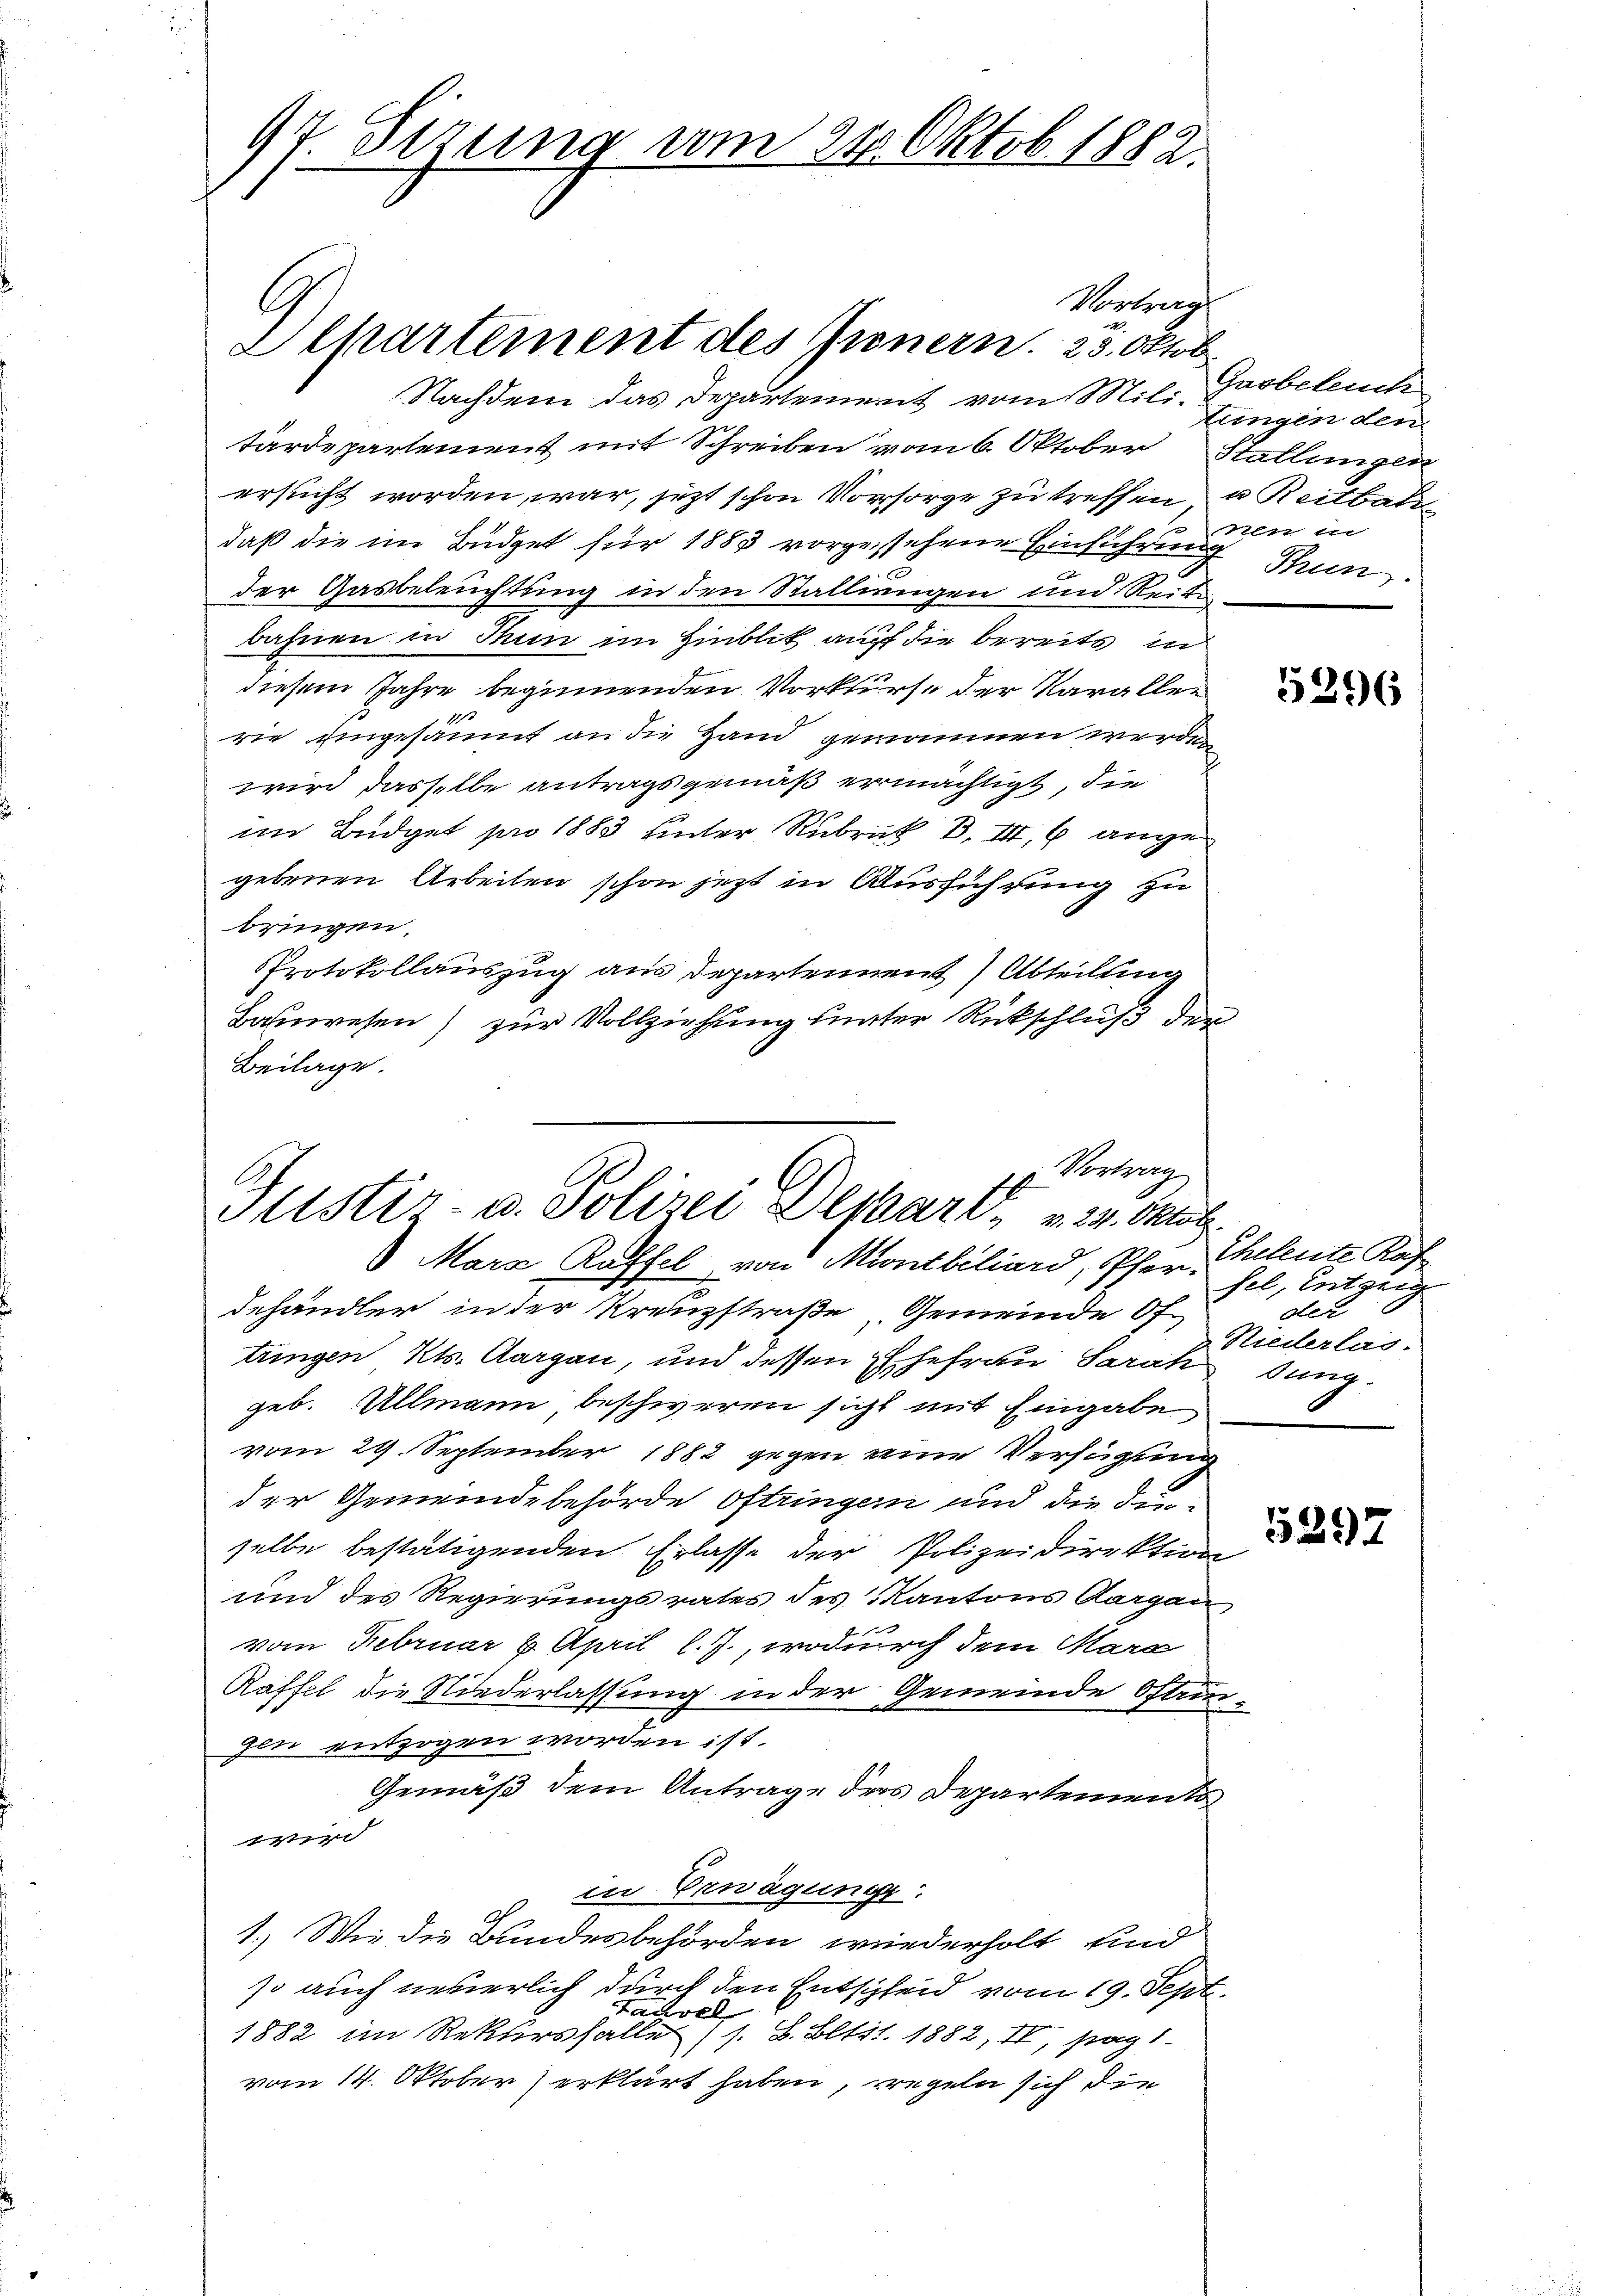
Vortrag
Nachdem das Departement vom Mili. Zungen den
tärdepartement mit Schreiben vom 6. Oktober Stallungen
ersucht worden, war, jetzt schon Vorsorge zu treffen u Reitbaldaß die im Büdget für 1883 vorgesehene Einführung Stun
der Gasbeleuchtung in den Stallingen und Reitbahnen in Thun im Hinblik auff die bereits in
diesem Jahre beginnenden Vorkurse der Karallen
rie eingesäunt an die Hand gewonnen werden
wird dasselbe antragsgemäß ermächtigt, die
im Büdget pro 1883 hinter Rubrik B. III 6 angegebenen Arbeiten schon jetzt in Ausführung zu
bringen.
Protokollauszug aus Departennent Abteilung
Bahnwesen) zur Vollziehung sunter Rückschluß der
Beilage.
Vortrag

97. Sizung vom 24. Oktob. 1882.

l
Elpartement des Genern. 25. Oktob

1
Justiz- u. Polizei Demari, v. 24. Oktob.

Gnobeleuch
nen in

Mara Kaffel von Montbiliard, Pferdehändler in der Kreuzstraße, Gemeinde Of
tungen Kts. Aargau, und dessen Ehefrau Sarandung.
geb. Ullmann beschweren sicht mit Eingabe
vom 29. September 1882 gegen eine Verfügung
der Gemeindebehörde Oftringen und die Func-
selbe bestätigenden Erlasse der Polizeidirektion
und des Regierungsrates des Kantons Aargau
vom Februar 8. April l. J., wodurch dem Marc
Raffel die Niederlassung in der Gemeinde Offengen entzogen worden ist.
Gemäß dem Antrage des Departements

in Erwägunge
1.) Wie die Bundesbehörden wiederholt und
so auch neuerlich durch den Entschleid vom 19. Sept.
tausel
1882 im Rekursfalle (s. B. Bltst 1882, II, pag 1
vom 14. Oktober erklärt haben, regeln sich die

5296

Cheleute Raf
sel, Entzeig
der
Riederlas.

5397